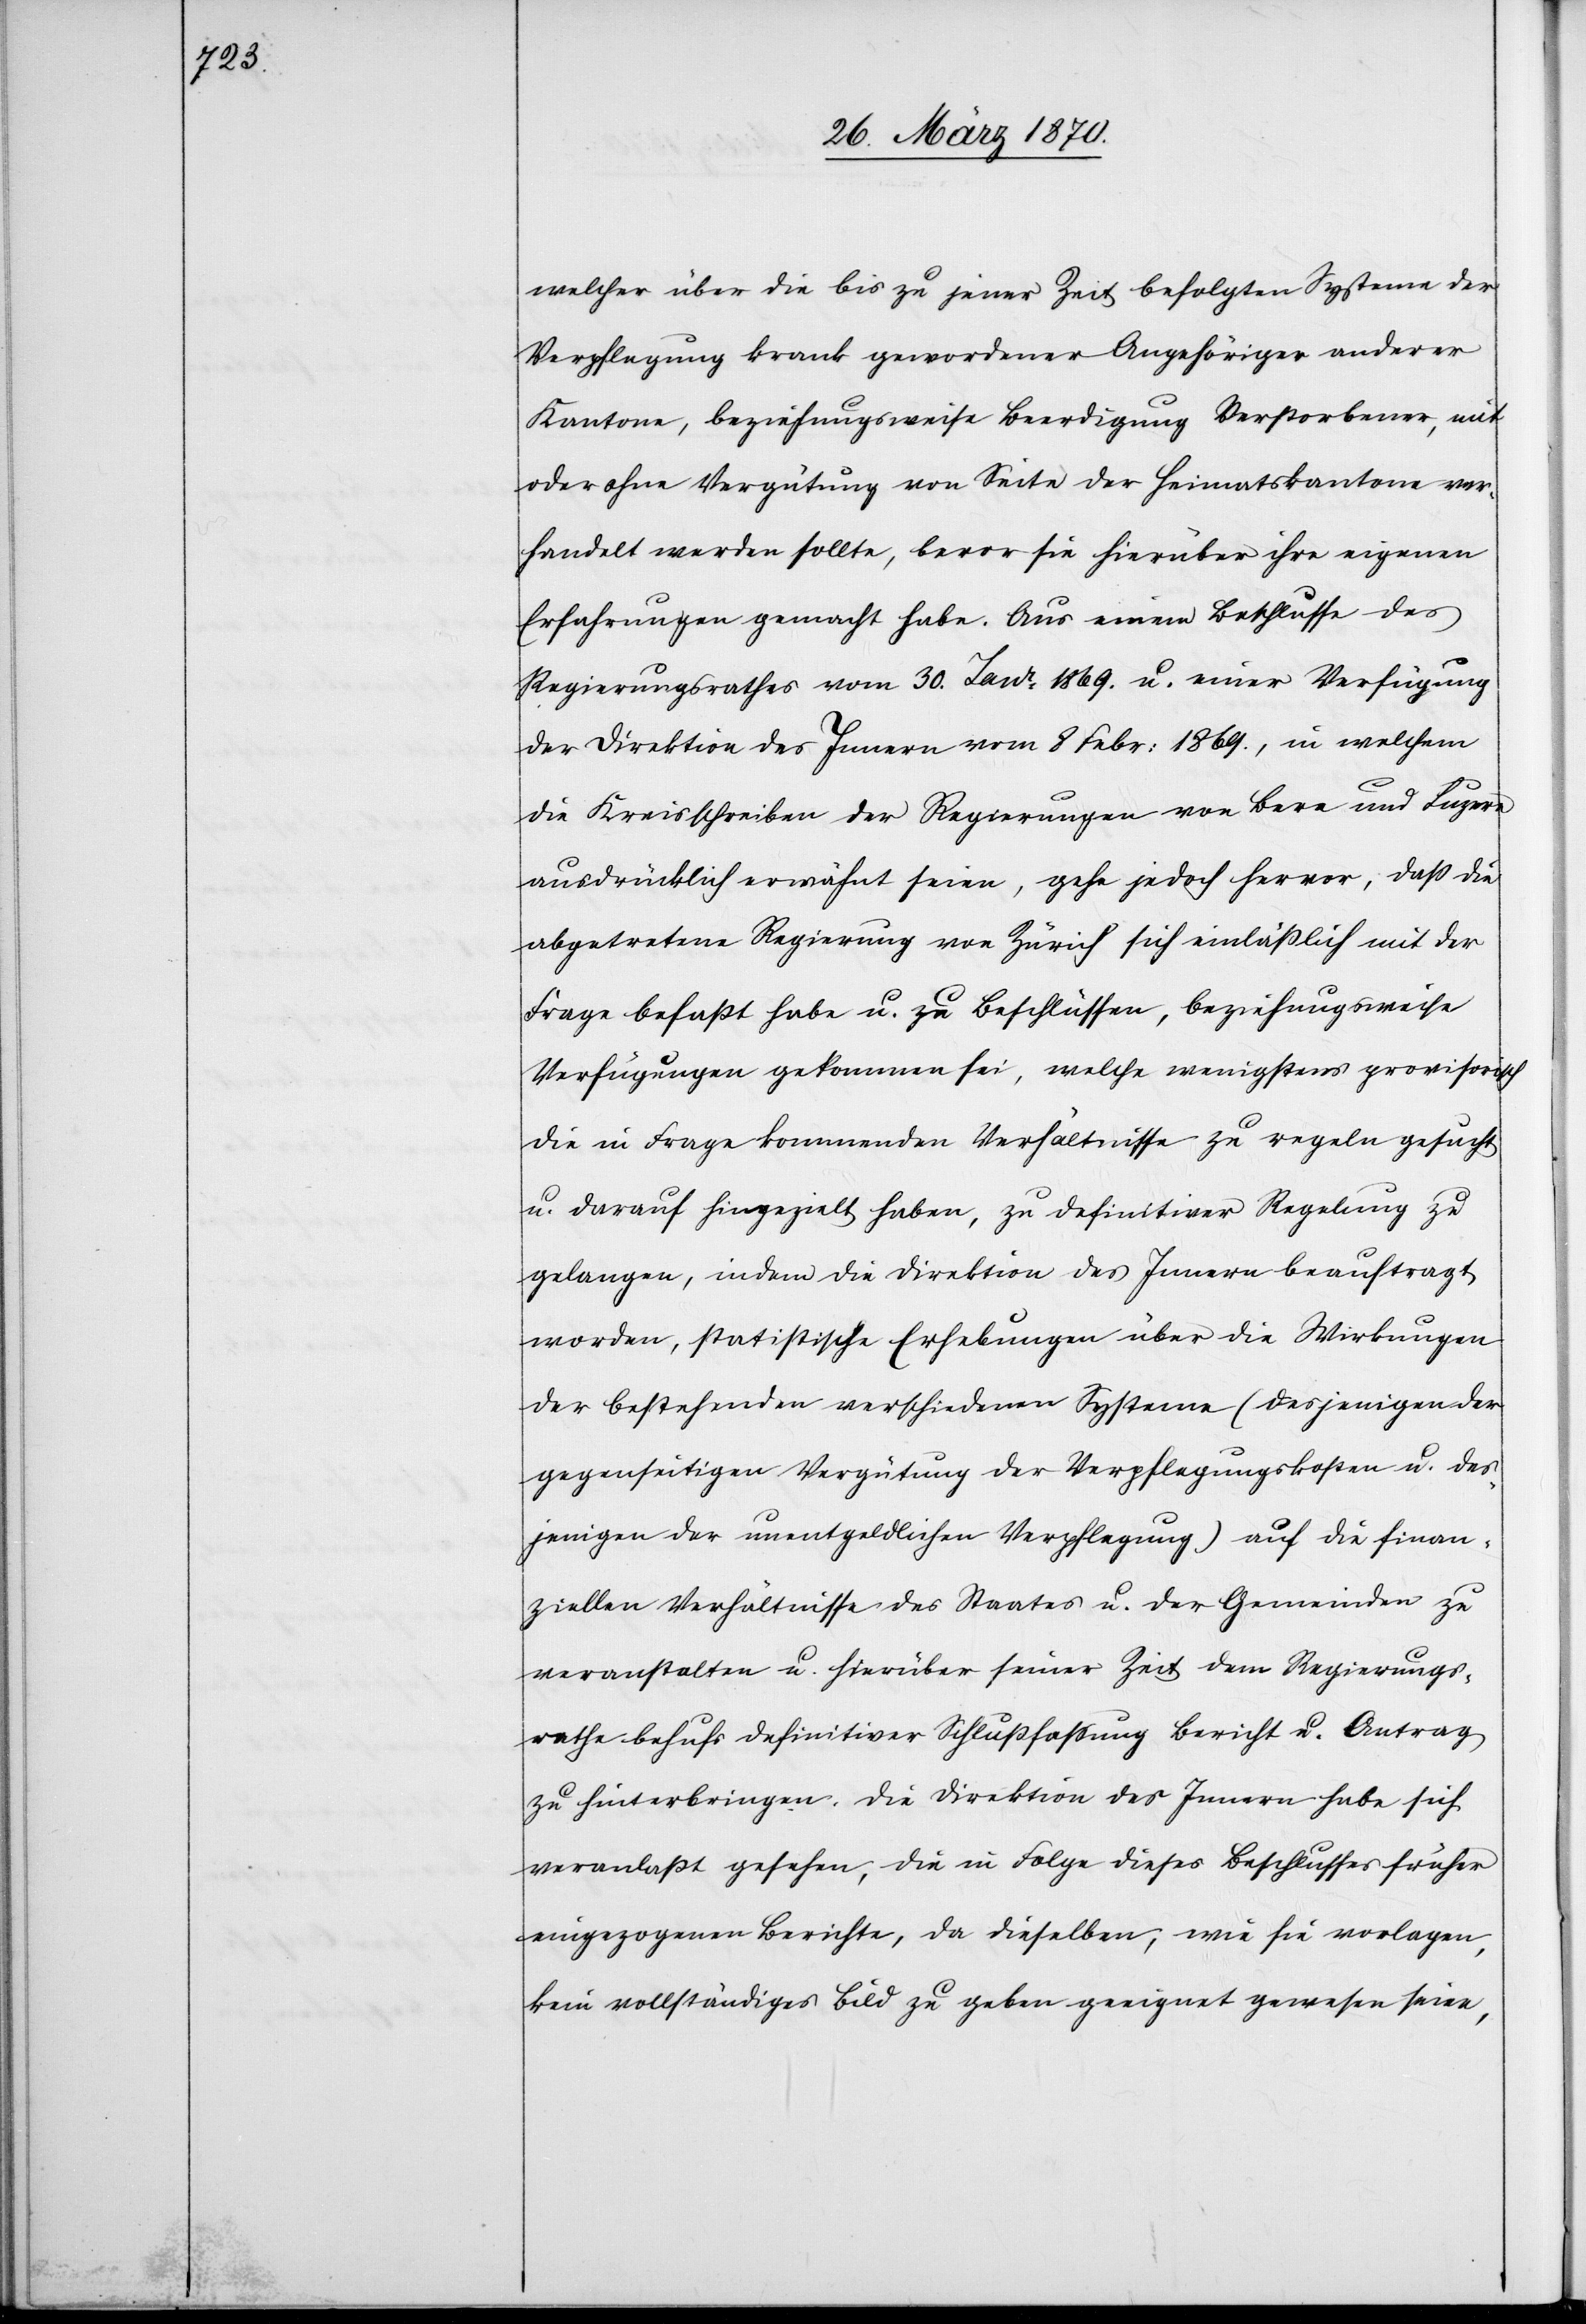
welcher über die bis zu jener Zeit befolgten Systeme der
Verpflegung krank gewordener Angehöriger anderer
Kantone, beziehungsweise Beerdigung Verstorbener, mit
oder ohne Vergütung von Seite der Heimatskantone ver¬
handelt werden sollte, bevor sie hierüber ihre eigenen
Erfahrungen gemacht habe. Aus einem Beschlusse des
Regierungsrathes vom 30. Janr 1869., in welchem die Kreisschreiben
ausdrücklich erwähnt seien, gehe jedoch hervor, daß die
abgetretene Regierung von Zürich sich einläßlich mit der
Frage befaßt habe u. zu Beschlüssen, beziehungsweise
Verfügungen gekommen sei, welche wenigstens provisorisch
die in Frage kommenden Verhältnisse zu regeln gesucht
u. darauf hingezielt habe, zu definitiver Regelung zu
gelangen, indem die Direktion des Innern beauftragt
worden, statistische Erhebungen über die Wirkungen
gegenseitigen Vergütung der Verpflegungskosten u. des¬
jenigen der unentgeldlichen Verpflegung) auf die finan¬
ziellen Verhältnisse des Staates u. der Gemeinden zu
veranstalten u. hierüber seiner Zeit dem Regierungs¬
rathe behufs definitiver Schlußfassung Bericht u. Antrag
zu hinterbringen. Die Direktion des Innern habe sich
veranlaßt gesehen, die in Folge dieses Beschlusses früher
eingezogenen Berichte, da dieselben, wie sie vorlagen,
kein vollständiges Bild zu geben geeignet gewesen seien,